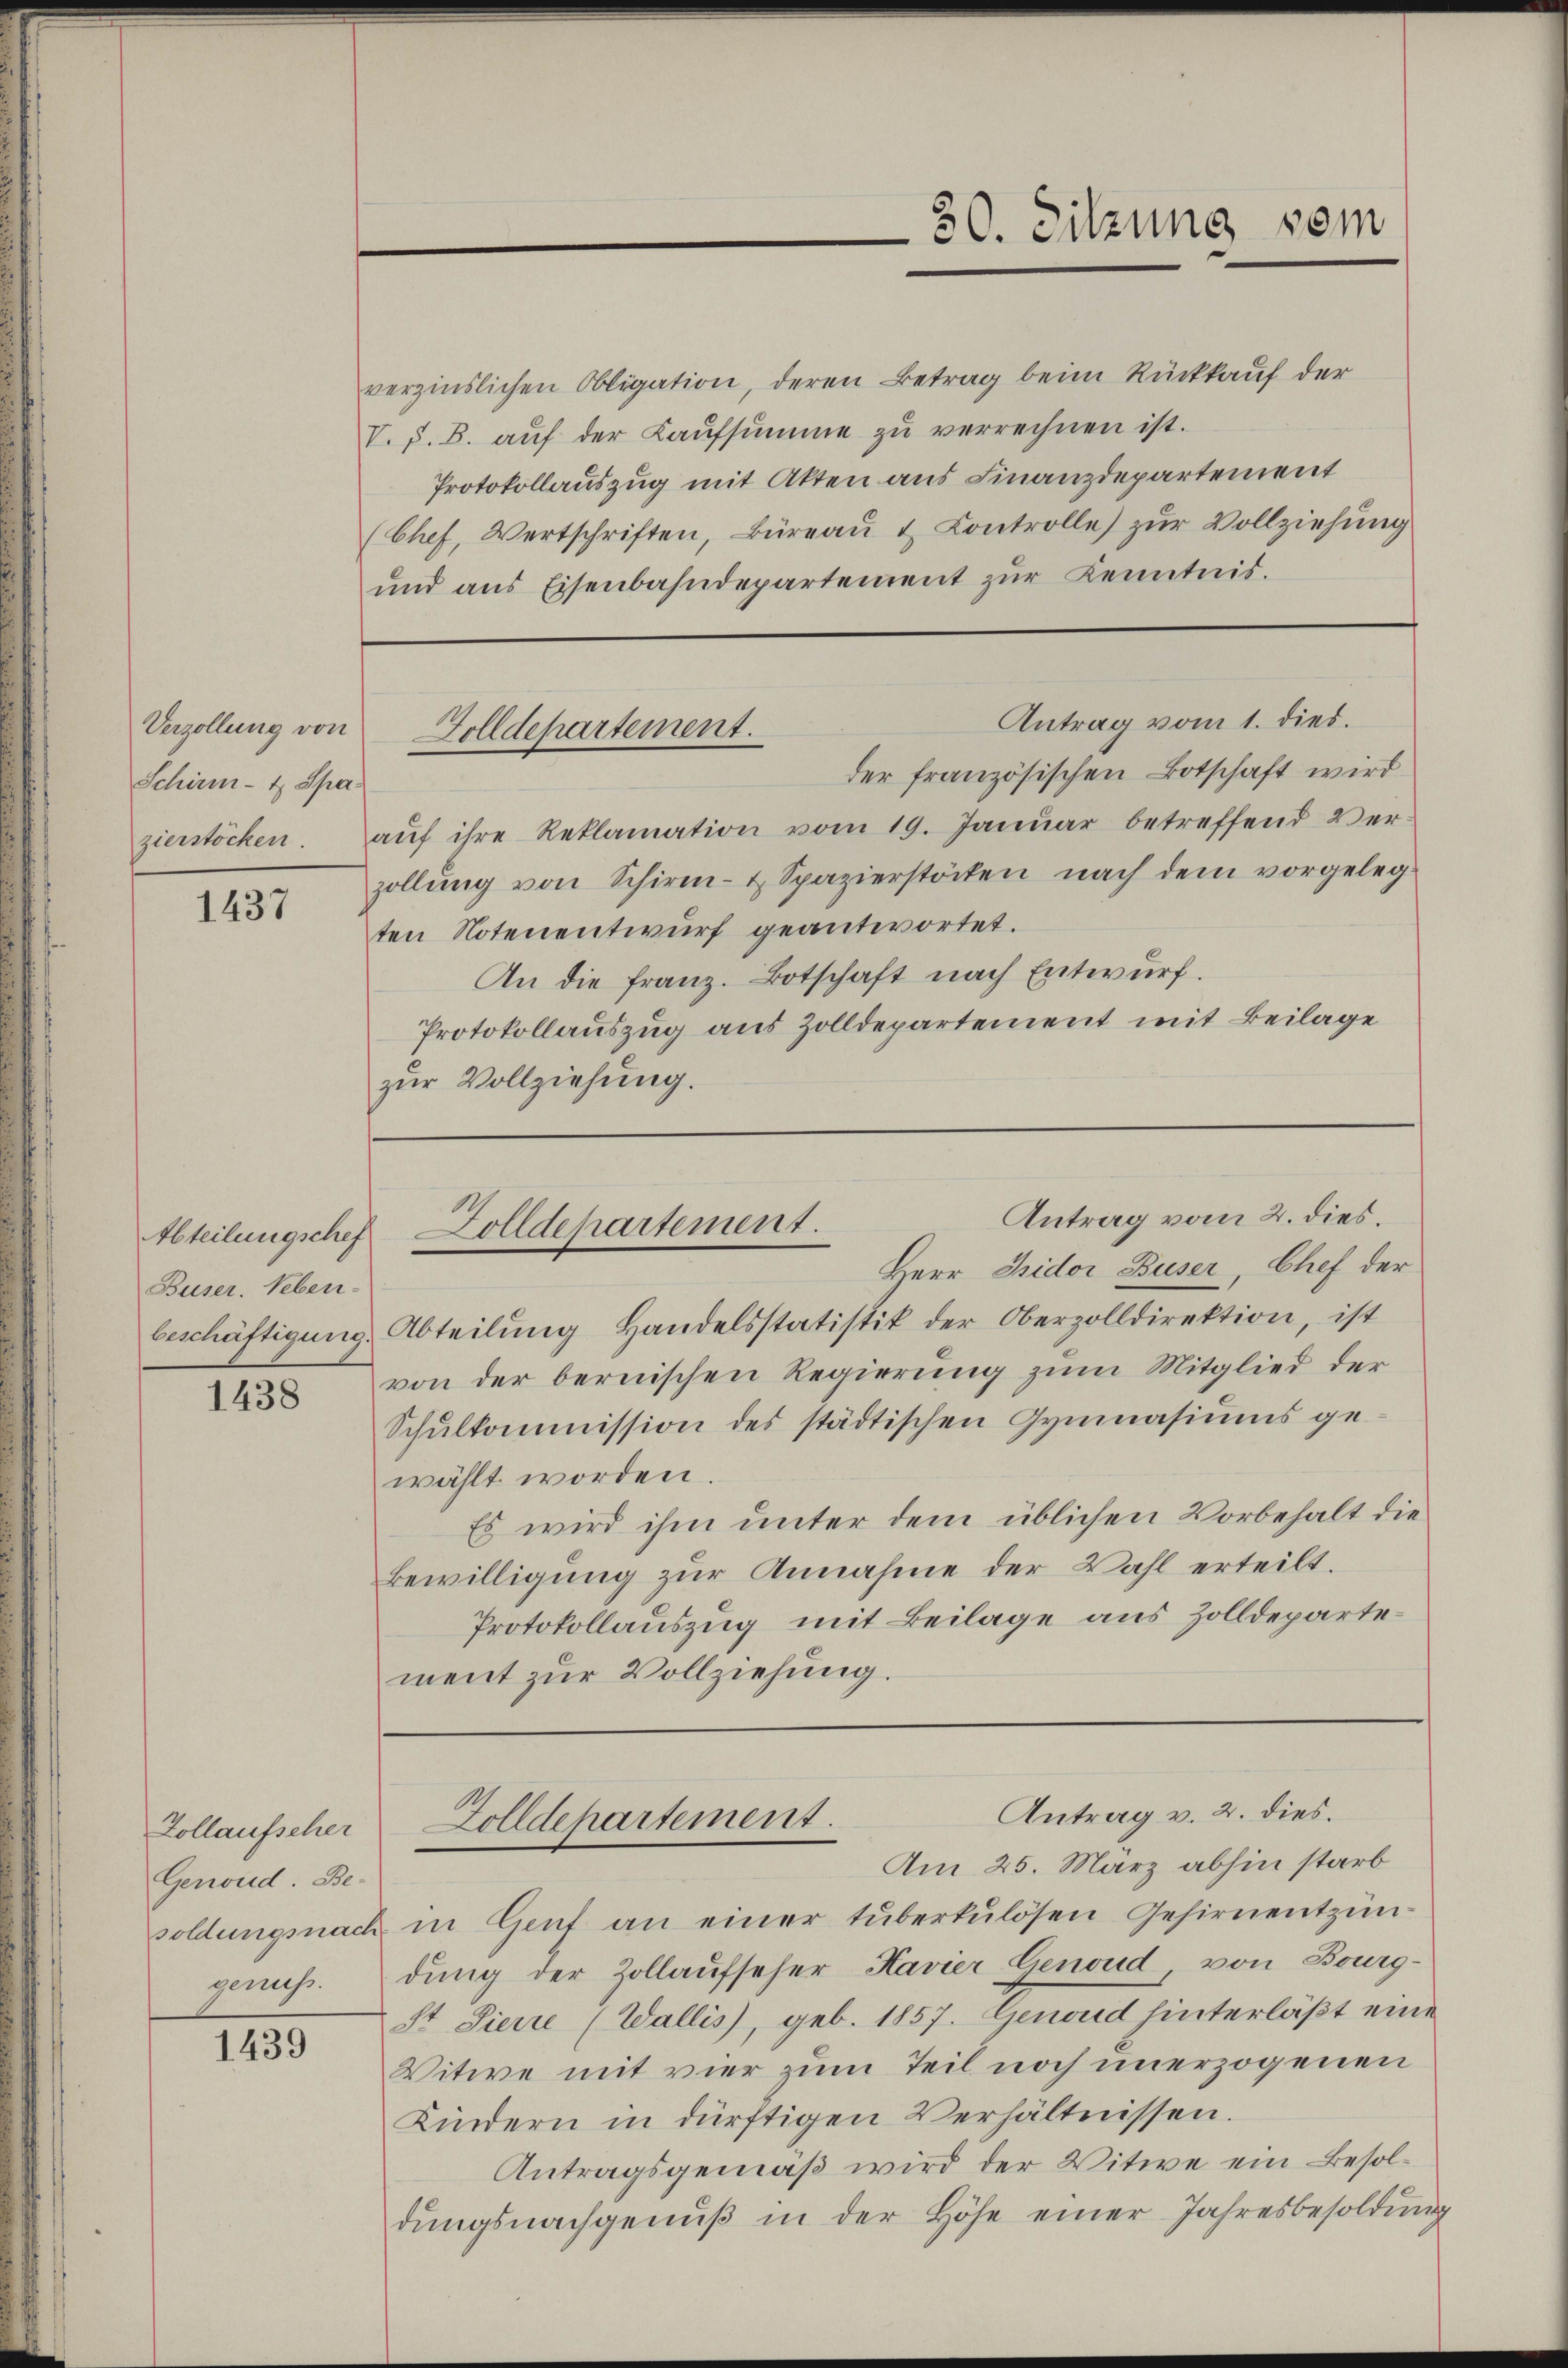
Verzollung von
Schirm- & Spa-
zierstöcken.

1437

Buser. Neben-

1438

Zollaufscher
Genord. Be-
soldungsnach
genuss.

1439

verzinslichen Obligation, deren Betrag beim Rückkauf der
V. s. B. aŭf der Kaŭfsŭmme zŭ verrechnen ist.
Protokollauszug mit Akten aus Finanzdepartement
(Chef, Wertschriften, Büreaŭ & Controlle) zur Vollziehung
und aus Eisenbahndepartement zŭr Kenntnis.

der französischen Botschaft wird
aŭf ihre Reklamation vom 19. Janŭar betreffend Ver-
zollŭng von Schirm- & Spazierstöcken nach dem vorgeleg
ten Notenentwurf geantwortet.
An die Franz. Botschaft nach Entwurf.
Protokollauszug aus Zolldepartement mit Beilage
zur Vollziehung.

beschäftigung, Abteilung Handelsstatistik der Oberzolldirektion, ist
von der bernischen Regierung zum Mitglied der
Schŭlkommission des städtischen Gymnasiums ge-
wählt worden
Es wird ihm unter dem üblichen Vorbehalt die
Bewilligung zur Annahme der Wahl erteilt.
Protokollauszug mit Beilage aus Zolldepartement zur Vollziehung.

30. Sitzung sein

Antrag vom 1. dies.
Golldepartement.

Antrag vom 2. dies.
Abteilungschef Zolldepartement.
Herr Bidor Buser, Chef der

Antrag v. 2. dies
Zolldepartement.
Am 25. März abhin starb

in Genf an einer tuberkulösen Gehirnentzündung der Zollaufseher Havier Genoud von Bourg¬
St Pierre (Wallis), geb. 1857. Genoud hinterläßt eine
Vitwe mit vier zum Teil noch unerzogenen
Kindern in dürftigen Verhältnissen.
Antragsgemäß wird der Witwe ein Besoldungsnachgenuß in der Höhe einer Jahresbesoldung